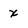
Character: x